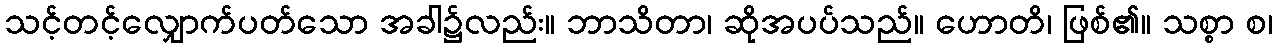
သင့်တင့်လျှောက်ပတ်သော အခါ၌လည်း။ ဘာသိတာ၊ ဆိုအပပ်သည်။ ဟောတိ၊ ဖြစ်၏။ သစ္စာ စ၊